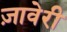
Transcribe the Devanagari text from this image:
ज़ावेरी